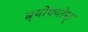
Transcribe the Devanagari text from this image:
ब्र्योफ्य्तेस्